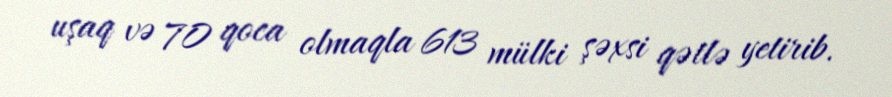
uşaq və 70 qoca olmaqla 613 mülki şəxsi qətlə yetirib.